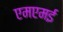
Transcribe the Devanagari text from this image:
एमएमई